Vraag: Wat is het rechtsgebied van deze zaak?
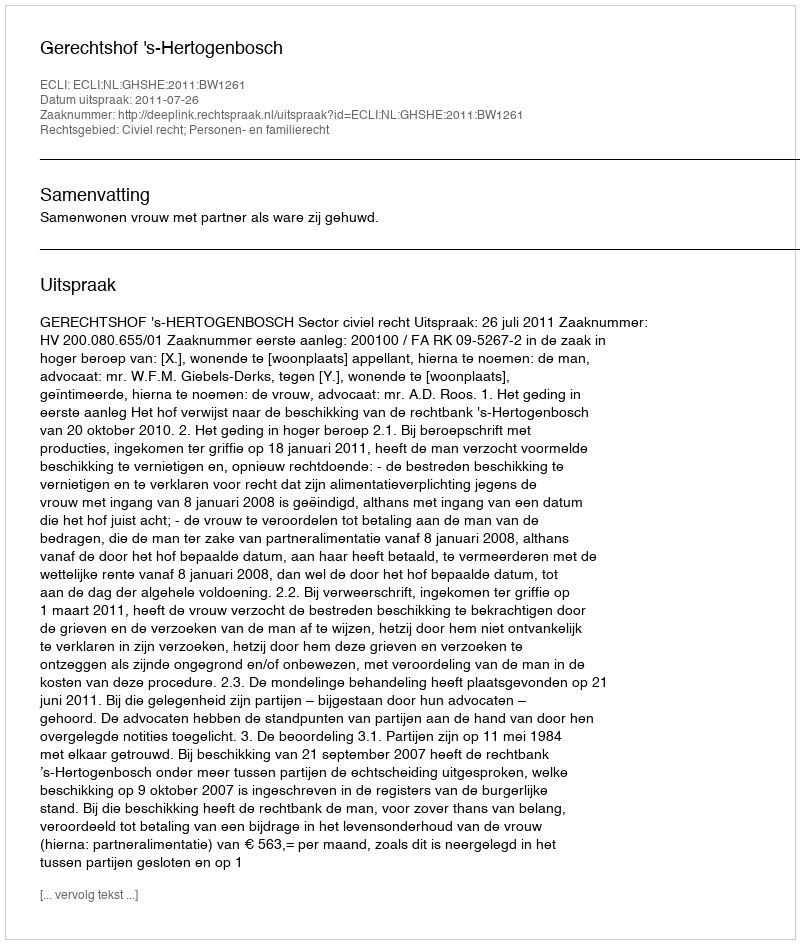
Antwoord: Civiel recht; Personen- en familierecht